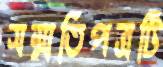
সম্মতিপত্রটি